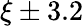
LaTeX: \xi\pm 3.2